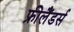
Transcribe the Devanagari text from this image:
फ्रीलैंडर्स